Civil Veterinary Dept. Bombay admin report 1914-1922 - 1914-1922
Year: 1914
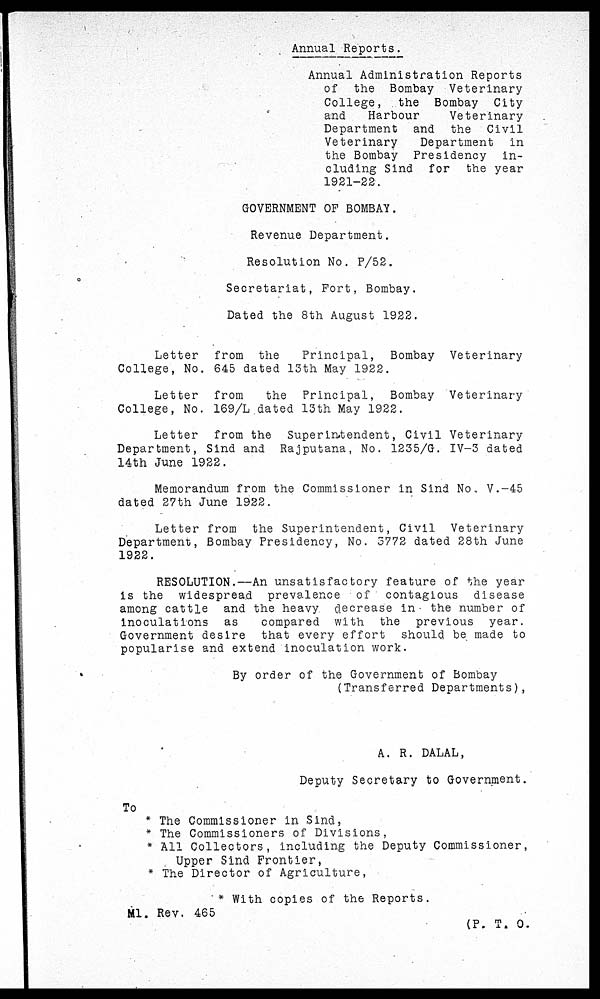
Annual Reports.
Annual Administration Reports
of the Bombay Veterinary
College,
the Bombay City
and
Harbour
Veterinary
Department and the
Civil
Veterinary
Department
in
the Bombay Presidency
in-
cluding Sind for
the year
1921-22.
GOVERNMENT OF BOMBAY.
Revenue Department.
Resolution No. P/52.
Secretariat, Fort, Bombay,
Dated the 8th August 1922.
Letter
from the
Principal,
Bombay Veterinary
College, No. 645 dated 13th May 1922.
Letter
from
the Principal, Bombay Veterinary
College, No. 169/L dated 13th May 1922.
Letter from the Superintendent, Civil Veterinary
Department, Sind and Rajputana, No. 1235/G. IV-3 dated
14th June 1922.
Memorandum from the Commissioner in Sind No V.-45
dated 27th June 1922.
Letter from the Superintendent, Civil
Veterinary
Department, Bombay Presidency, No. 3772 dated 28th June
1922.
RESOLUTION.—An unsatisfactory feature of the year
is the widespread prevalence of contagious
disease
among cattle and the heavy decrease in the number of
inoculations as
compared with the previous
year.
Government desire that every effort
should be made to
popularise and extend inoculation work.
By order of the Government of Bombay
(Transferred Departments),
A. R. DALAL,
Deputy Secretary to Government.
To
* The Commissioner in Sind,
* The Commissioners of Divisions,
* All Collectors, including the Deputy Commissioner,
Upper Sind Frontier,
* The Director of Agriculture,
* With copies of the Reports.
M1. Rev. 465
(P. T. O.